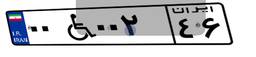
۰۰W۰۰۲۴۶